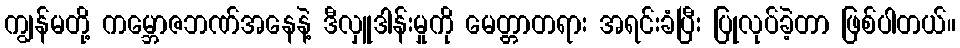
ကျွန်မတို့ ကမ္ဘောဇဘဏ်အနေနဲ့ ဒီလှူဒါန်းမှုကို မေတ္တာတရား အရင်းခံပြီး ပြုလုပ်ခဲ့တာ ဖြစ်ပါတယ်။